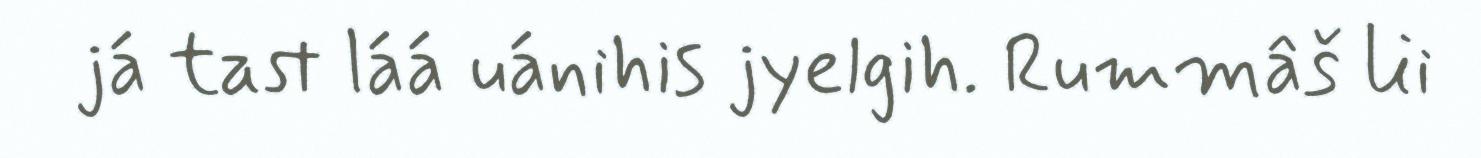
já tast láá uánihis jyelgih. Rummâš lii